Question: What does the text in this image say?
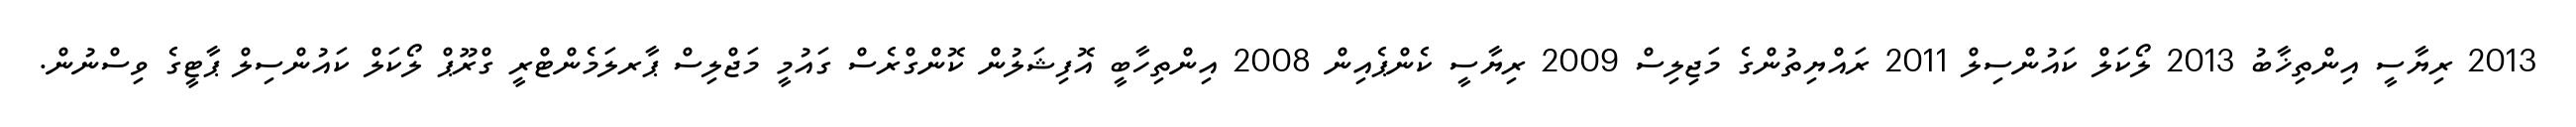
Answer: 2013 ރިޔާސީ އިންތިޚާބު 2013 ލޯކަލް ކައުންސިލް 2011 ރައްޔިތުންގެ މަޖިލިސް 2009 ރިޔާސީ ކެންޕެއިން 2008 އިންތިހާބީ އޮފިޝަލުން ކޮންގްރެސް ގައުމީ މަޖްލިސް ޕާރލަމެންޓްރީ ގްރޫޕް ލޯކަލް ކައުންސިލް ޕާޓީގެ ވިސްނުން.